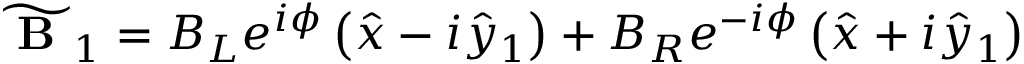
\begin{array} { r } { \widetilde { \textbf { B } } _ { 1 } = B _ { L } e ^ { i \phi } \left( \hat { x } - i \hat { y } _ { 1 } \right) + B _ { R } e ^ { - i \phi } \left( \hat { x } + i \hat { y } _ { 1 } \right) } \end{array}